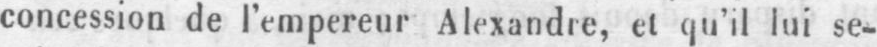
concession de l’empereur Alexandre, et qu’il lui se-